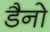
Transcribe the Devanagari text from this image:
डैनो